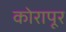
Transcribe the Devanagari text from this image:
कोरापूर